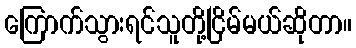
ကြောက်သွားရင်သူတို့ငြိမ်မယ်ဆိုတာ။